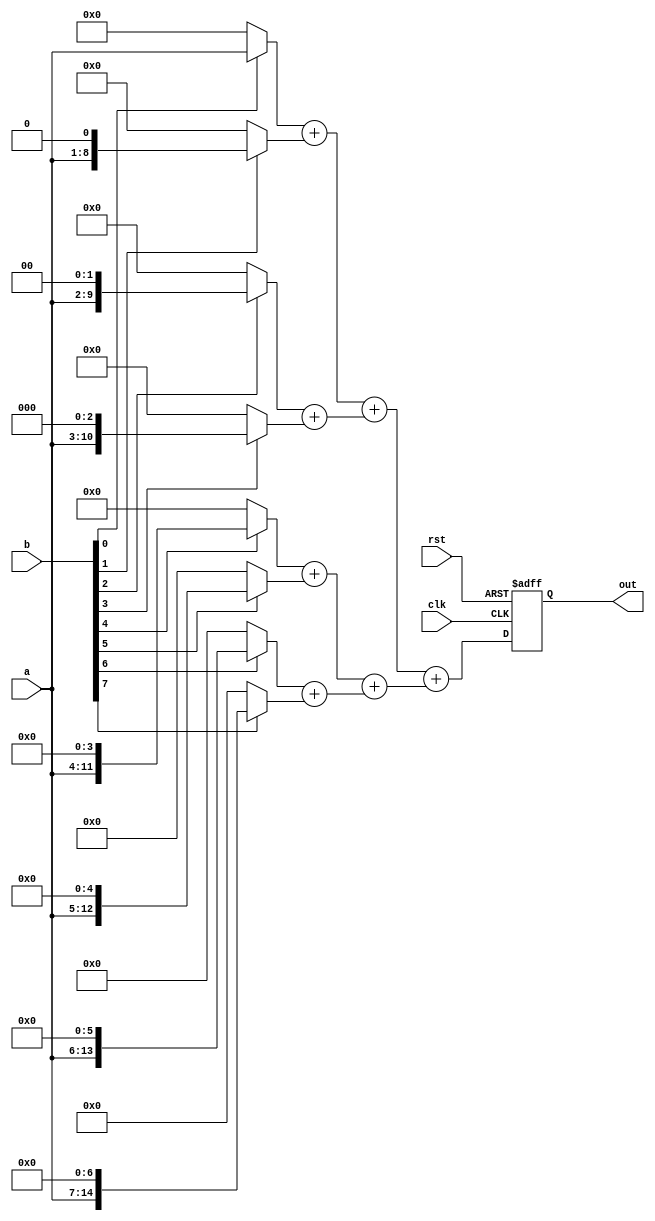
//81,
module multiplier3(clk,rst,a,b,out);
 parameter SIZE=8;
 input clk;
 input rst;
 input[SIZE-1:0] a;
 input[SIZE-1:0] b;
 output[2*SIZE-1:0] out;
 reg[2*SIZE-1:0] out;
 wire[2*SIZE-1:0] buff0;
 wire[2*SIZE-1:0] buff1;
 wire[2*SIZE-1:0] buff2;
 wire[2*SIZE-1:0] buff3;
 wire[2*SIZE-1:0] buff4;
 wire[2*SIZE-1:0] buff5;
 wire[2*SIZE-1:0] buff6;
 wire[2*SIZE-1:0] buff7;
 wire[2*SIZE-1:0] add0;
 wire[2*SIZE-1:0] add1;
 wire[2*SIZE-1:0] add2;
 wire[2*SIZE-1:0] add3;
 wire[2*SIZE-1:0] add01;
 wire[2*SIZE-1:0] add23;
 wire[2*SIZE-1:0] add0123;
 
 assign buff0=b[0]?{8'd0,a}:16'd0;
 assign	buff1=b[1]?{7'd0,a,1'b0}:16'd0;
 assign	buff2=b[2]?{6'd0,a,2'd0}:16'd0;
 assign buff3=b[3]?{5'd0,a,3'd0}:16'd0;
 assign	buff4=b[4]?{4'd0,a,4'd0}:16'd0;
 assign	buff5=b[5]?{3'd0,a,5'd0}:16'd0;
 assign	buff6=b[6]?{2'd0,a,6'd0}:16'd0; 
 assign	buff7=b[7]?{1'b0,a,7'd0}:16'd0; 
 assign    add0=buff0+buff1;
 assign    add1=buff2+buff3;
 assign    add2=buff4+buff5;
 assign    add3=buff6+buff7;
 assign    add01=add0+add1;
 assign    add23=add2+add3;
 assign    add0123=add01+add23;
 always @(posedge clk or negedge rst)
  begin
   if(!rst)
	out<=16'd0;
   else
    out<=add0123;   
  end
endmodule